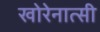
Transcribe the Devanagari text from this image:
खोरेनात्सी